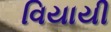
વિયાયી